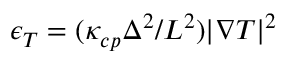
\epsilon _ { T } = ( \kappa _ { c p } \Delta ^ { 2 } / L ^ { 2 } ) | \boldsymbol { \nabla } T | ^ { 2 }